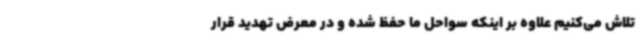
تلاش می‌کنیم علاوه بر اینکه سواحل ما حفظ شده و در معرض تهدید قرار